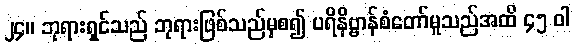
၂၄။ ဘုရားရှင်သည် ဘုရားဖြစ်သည်မှစ၍ ပရိနိဗ္ဗာန်စံတော်မူသည်အထိ ၄၅ ဝါ